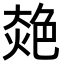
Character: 𦫜